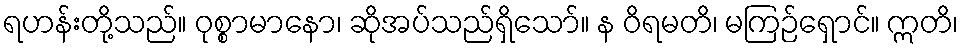
ရဟန်းတို့သည်။ ဝုစ္စာမာနော၊ ဆိုအပ်သည်ရှိသော်။ န ဝိရမတိ၊ မကြဉ်ရှောင်။ ဣတိ၊